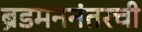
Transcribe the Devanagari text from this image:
ब्रॅडमननंतरची